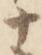
十